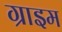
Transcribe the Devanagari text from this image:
ग्राइम